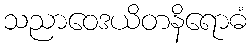
သညာဝေဒယိတနိရောဓံ